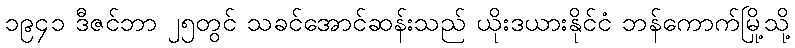
၁၉၄၁ ဒီဇင်ဘာ ၂၅တွင် သခင်အောင်ဆန်းသည် ယိုးဒယားနိုင်ငံ ဘန်ကောက်မြို့သို့